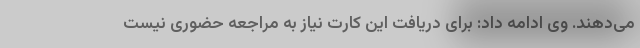
می‌دهند. وی ادامه داد: برای دریافت این کارت نیاز به مراجعه حضوری نیست